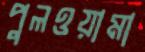
পুলওয়ামা